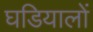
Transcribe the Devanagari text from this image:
घडियालों